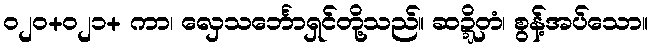
၀၂၀+၀၂၁+ ကာ၊ လှေသင်္ဘောရှင်တို့သည်။ ဆဍ္ဍိတံ၊ စွန့်အပ်သော။